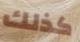
كذلك